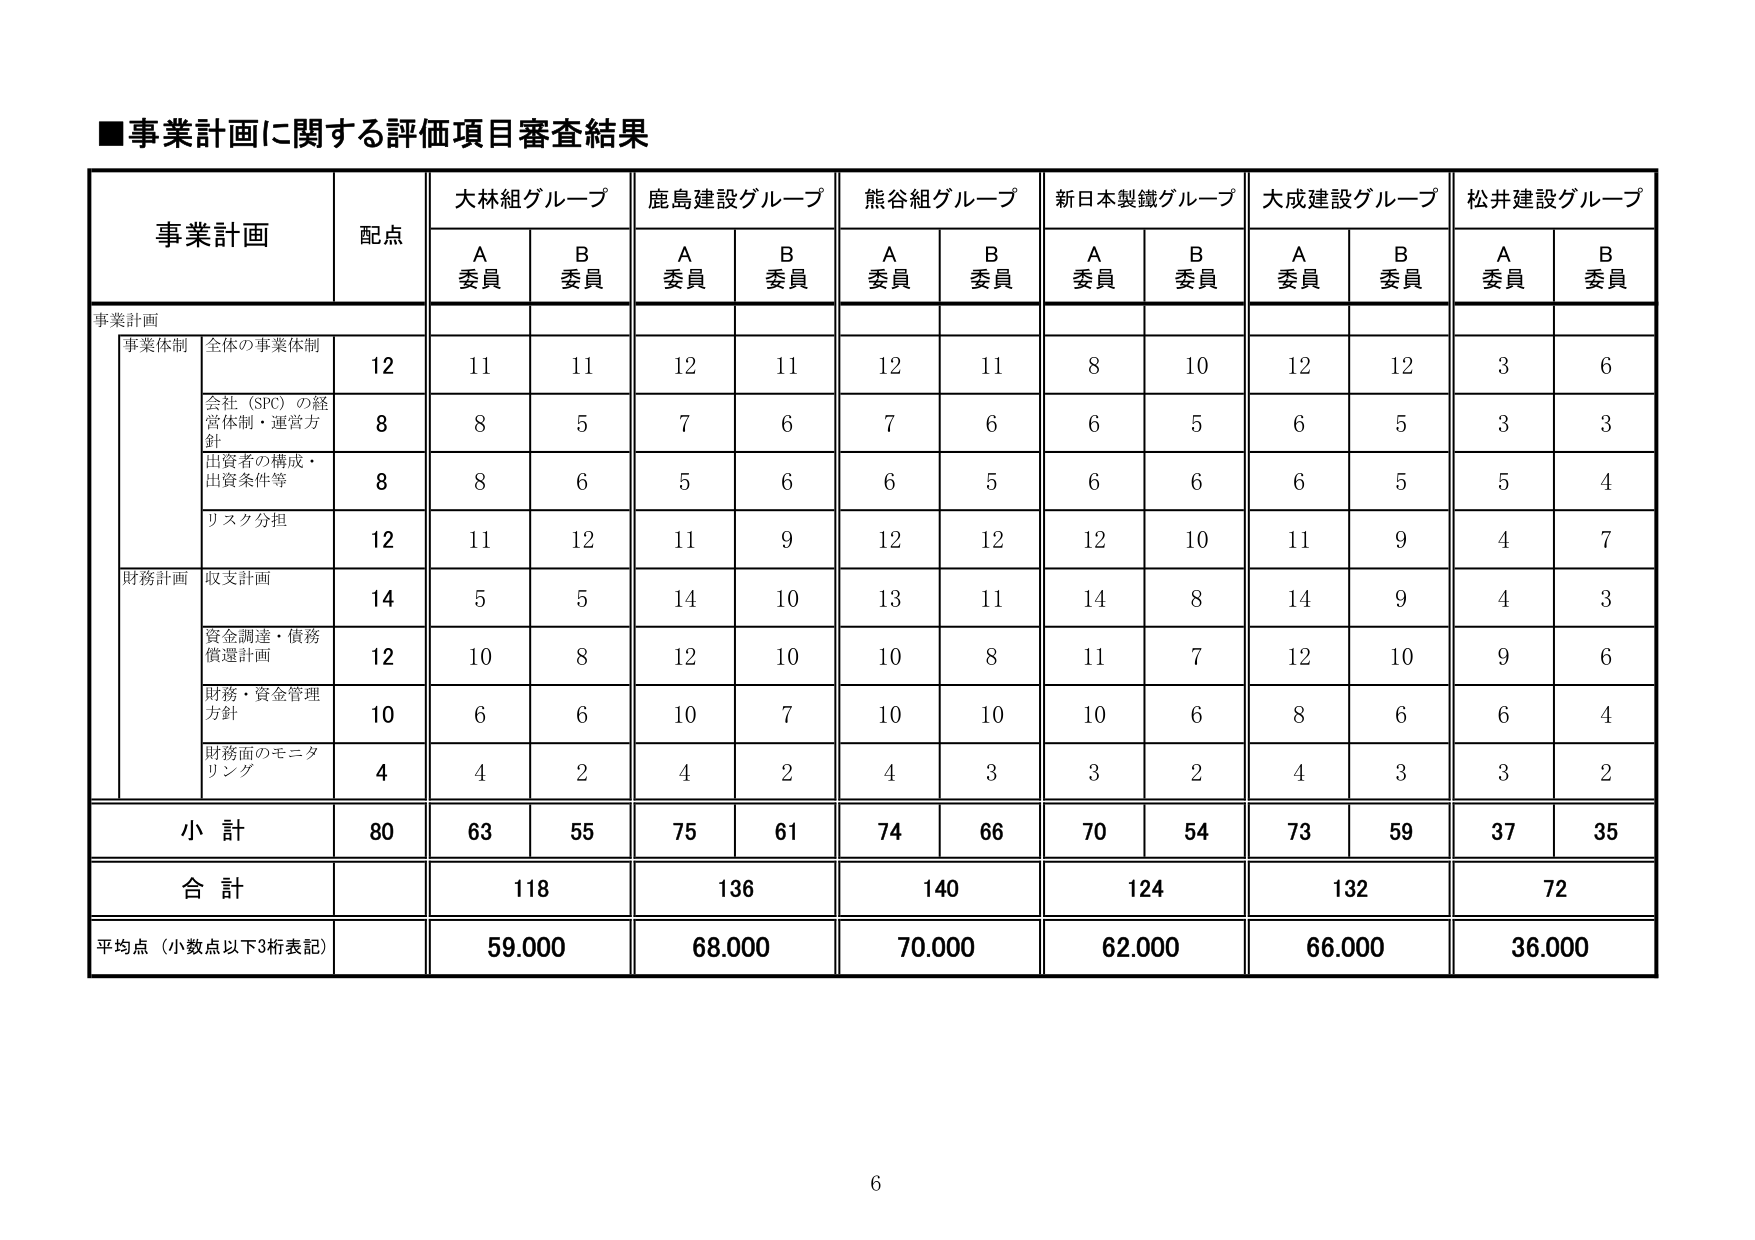
■事業計画に関する評価項目審査結果

事業計画 配点 大林組グループ 鹿島建設グループ 熊谷組グループ 新日本製鐵グループ 大成建設グループ 松井建設グループ